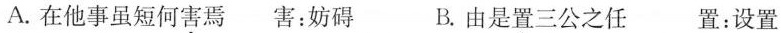
A.在他事虽短何害焉害：妨碍 B由是置三公之任置：设置